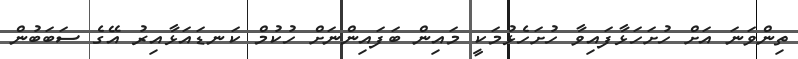
ތިންވަނަ އަށް ހުށަހަޅާފައިވާ ހުށަހެޅުމަކީ މައިން ބަފައިންނަށް ހުކުމް ކަނޑައަޅާއިރު އޭގެ ސަބަބުން